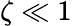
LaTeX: \zeta\ll 1